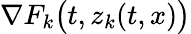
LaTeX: \nabla F_{k}\big(t,z_{k}(t,x)\big)